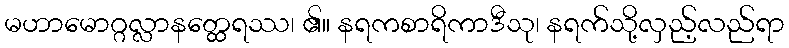
မဟာမောဂ္ဂလ္လာနတ္ထေရဿ၊ ၏။ နရကစာရိကာဒီသု၊ နရက်သို့လှည့်လည်ရာ